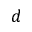
d